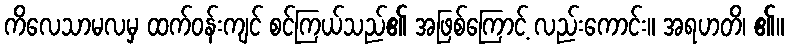
ကိလေသာမလမှ ထက်ဝန်းကျင် စင်ကြယ်သည်၏ အဖြစ်ကြောင့် လည်းကောင်း။ အရဟတိ၊ ၏။